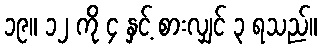
၁၉။ ၁၂ ကို ၄ နှင့် စားလျှင် ၃ ရသည်။